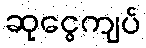
ဆုငွေကျပ်